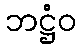
ဘဋ္ဌံဝ